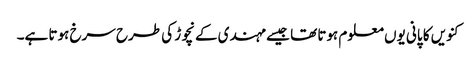
کنویں کا پانی یوں معلوم ہوتا تھا جیسے مہندی کے نچوڑ کی طرح سرخ ہوتا ہے۔